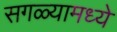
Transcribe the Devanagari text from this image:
सगळ्यामध्ये